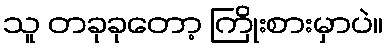
သူ တခုခုတော့ ကြိုးစားမှာပဲ။